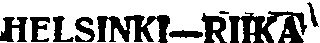
HELSINKI-RIIKA